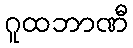
ဂူထဘာဏီ